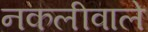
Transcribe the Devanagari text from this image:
नकलीवाले